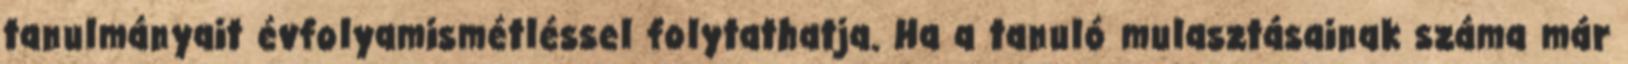
tanulmányait évfolyamismétléssel folytathatja. Ha a tanuló mulasztásainak száma már